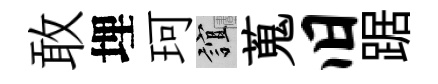
敢埋珂誼蒐旧踞